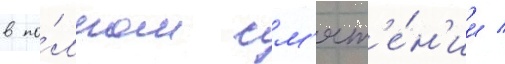
в по́лном см'ят'е́н'ии /